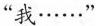
“我······”